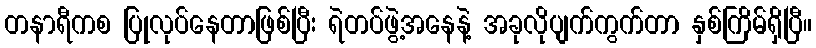
တနာရီကစ ပြုလုပ်နေတာဖြစ်ပြီး ရဲတပ်ဖွဲ့အနေနဲ့ အခုလိုပျက်ကွက်တာ နှစ်ကြိမ်ရှိပြီ။